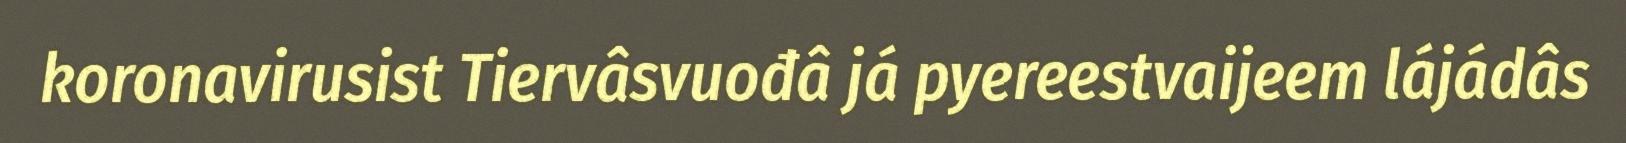
koronavirusist Tiervâsvuođâ já pyereestvaijeem lájádâs